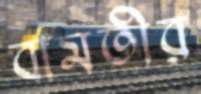
বামতীর